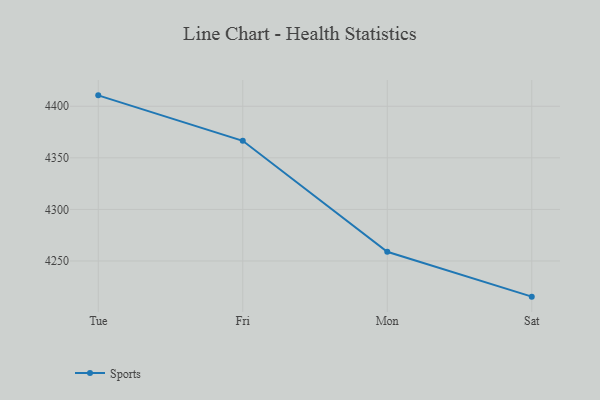
{"axis": {"x": "Day", "y": "Shipments"}, "legend": ["Sports"], "data": [{"x": "Tue", "y": 4410.6, "type": "Sports"}, {"x": "Fri", "y": 4366.5, "type": "Sports"}, {"x": "Mon", "y": 4258.9, "type": "Sports"}, {"x": "Sat", "y": 4215.4, "type": "Sports"}]}